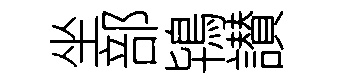
坐部鴇讃